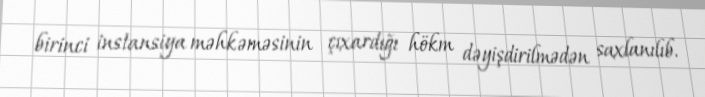
birinci instansiya məhkəməsinin çıxardığı hökm dəyişdirilmədən saxlanılıb.